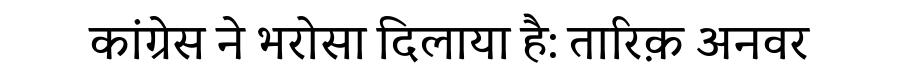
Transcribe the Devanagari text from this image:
कांग्रेस ने भरोसा दिलाया है: तारिक़ अनवर